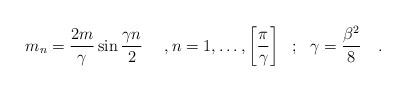
LaTeX: \begin{align*} m_{n} = \frac{2m}{\gamma} \sin \frac{\gamma n}{2} ~~~~,n=1, \ldots , \left[\frac{\pi}{\gamma}\right] ~~;~~\gamma = \frac{\beta^{2}}{8}~~~.\end{align*}